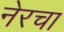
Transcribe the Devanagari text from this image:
नेरचा